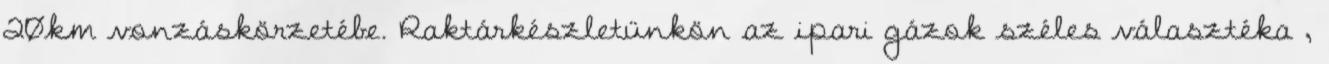
20km vonzáskörzetébe. Raktárkészletünkön az ipari gázok széles választéka ,